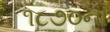
૧૮૭૦ના